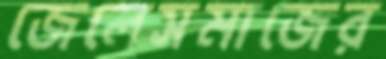
জেলেসমাজের